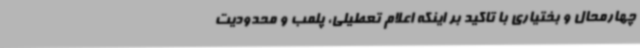
چهارمحال و بختیاری با تاکید بر اینکه اعلام تعطیلی، پلمب و محدودیت